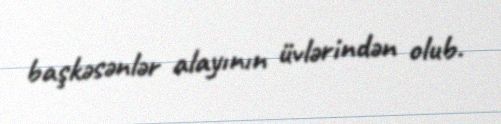
başkəsənlər alayının üvlərindən olub.